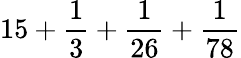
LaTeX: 15+{\frac{1}{3}}+{\frac{1}{26}}+{\frac{1}{78}}